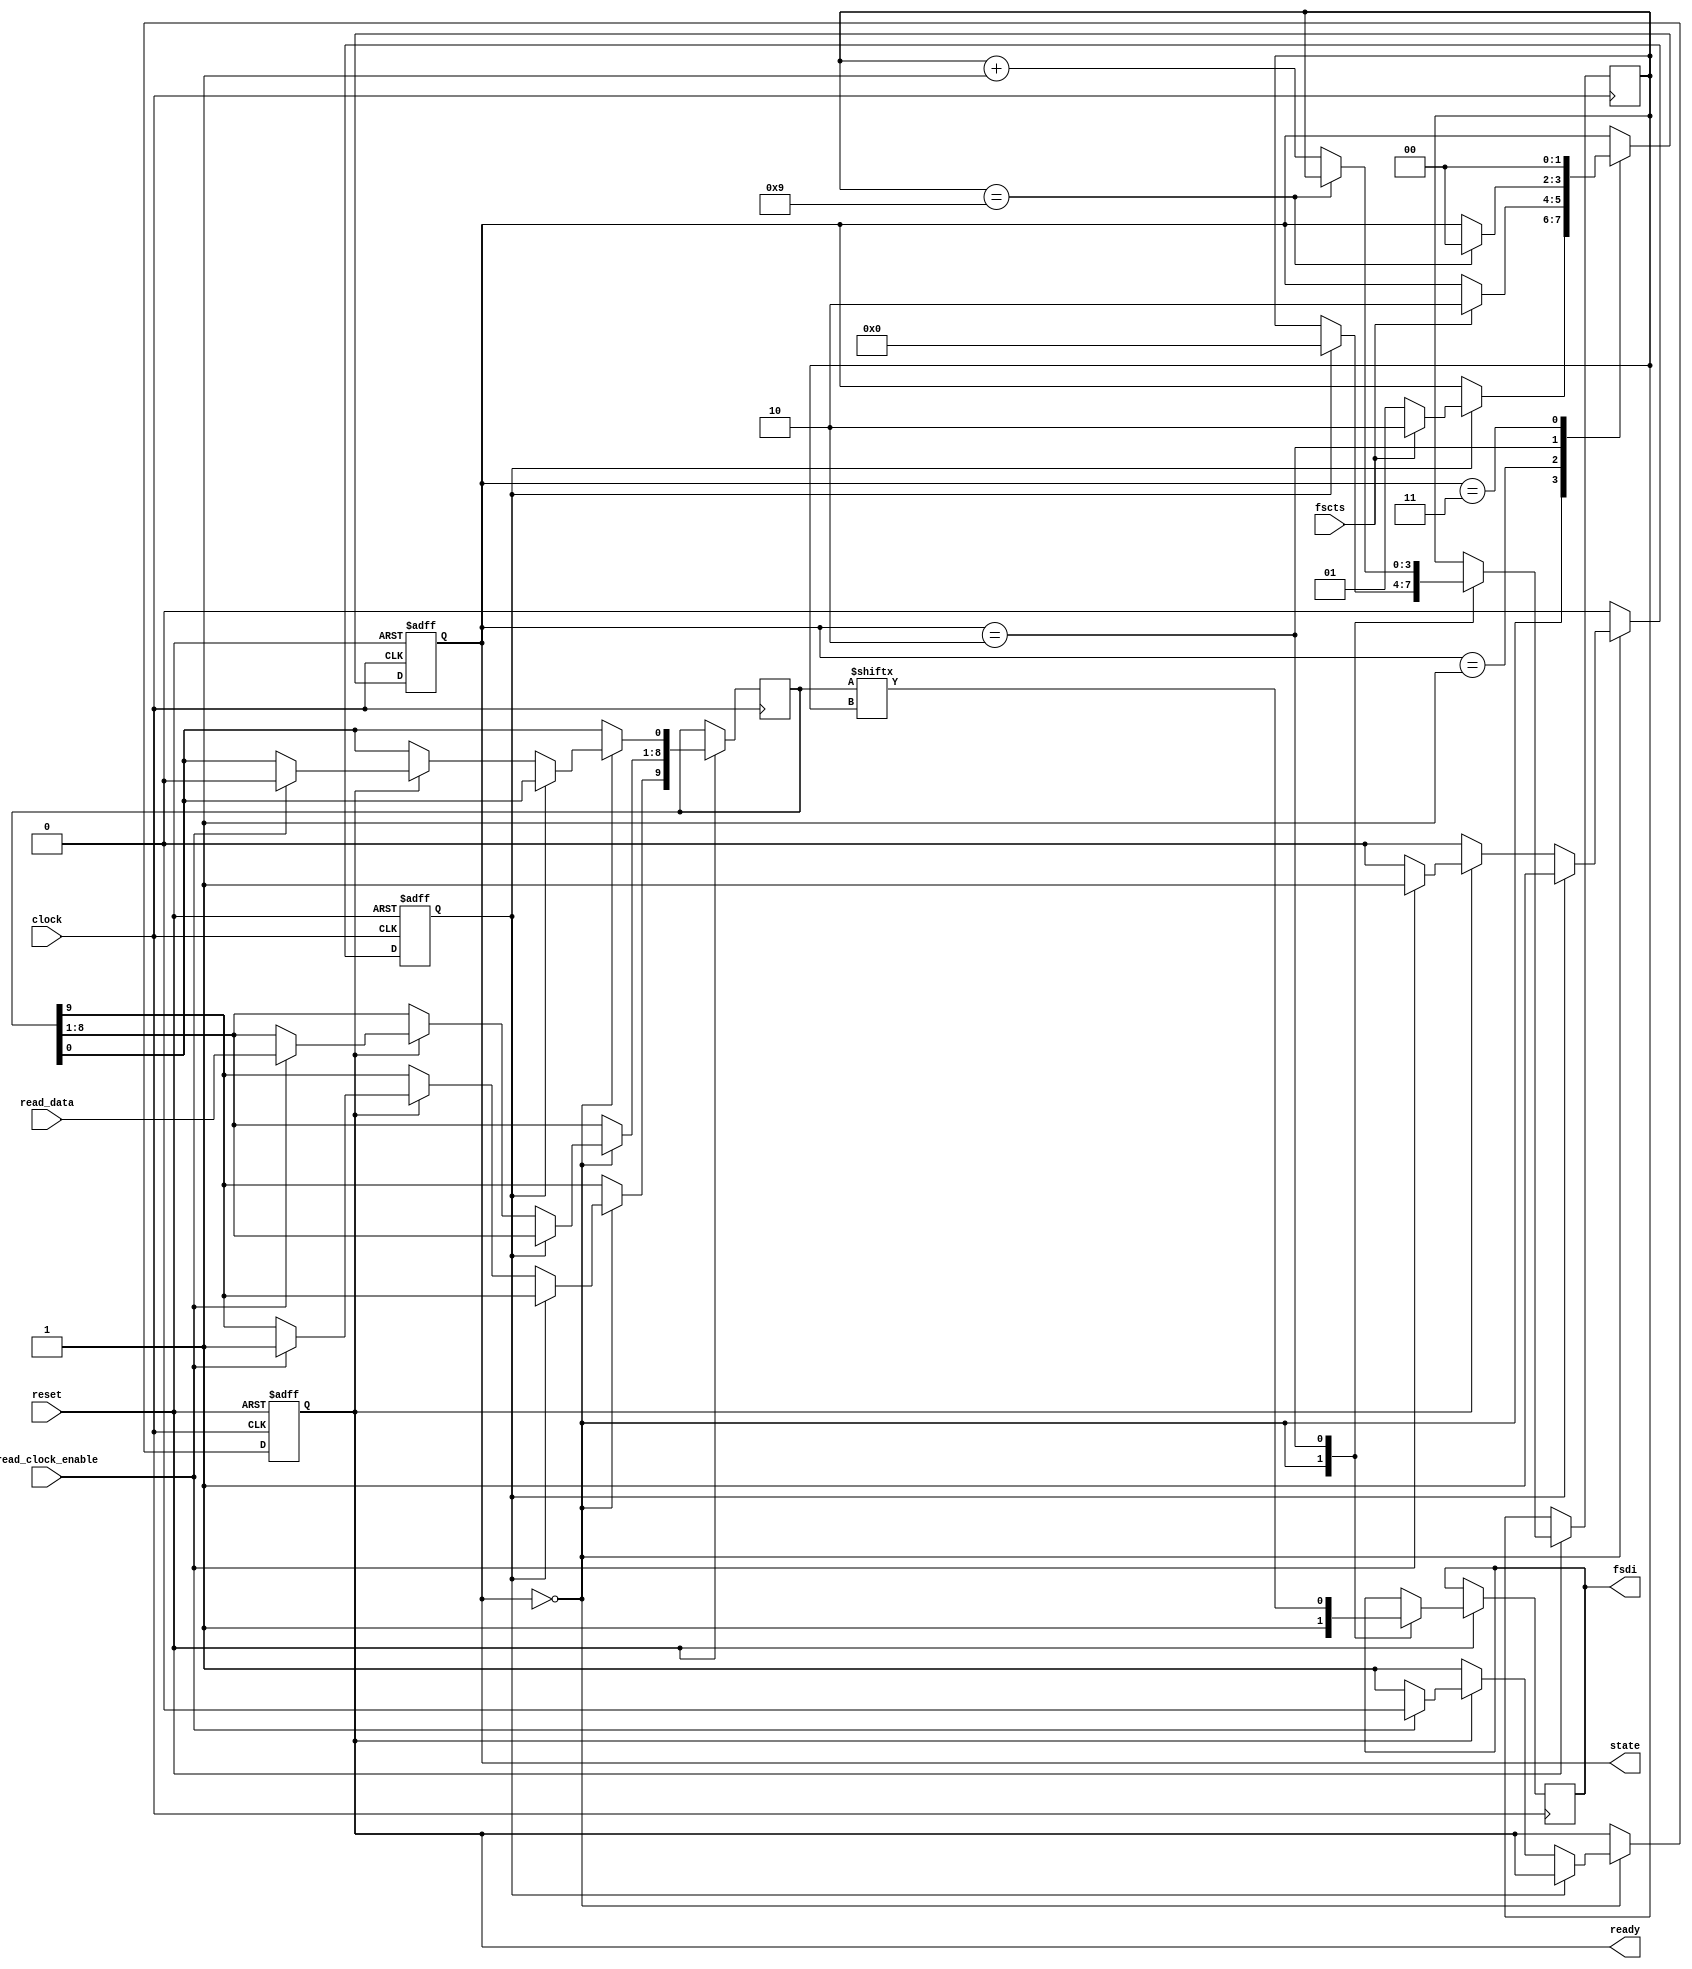
/**
 * Implement the FTDI Fast Opto Mode
 */

module ftdi
	(
	input clock,
	input [7:0] read_data,
	input read_clock_enable,
	input reset, /* active low */
	input fscts, /* fast serial clear to send */
	output reg ready, /* ready to read new data */
	output reg [1:0] state, /* ready to read new data */
	output reg fsdi);

	reg [9:0] data;

	reg new_data;
	//reg [1:0] state;
	reg [3:0] bit_pos; /* which is the next bit we transmit */

	localparam IDLE = 2'h0, WAIT_CTS = 2'h1, DATA = 2'h2;

	always @(negedge clock or negedge reset) begin
		if (~reset) begin
			ready <= 0;
			new_data <= 0;
		end
		else begin
			if (state == IDLE) begin
				if (~new_data)
					if (~ready)
						ready <= 1;
					else if (read_clock_enable) begin
						/* start bit */
						data[0] <= 0;
						data[8:1] <= read_data;
						/* channel bit */
						data[9] <= 1;
						new_data <= 1;
						ready <= 0;
					end
			end
			else
				new_data <= 0;
		end
	end

	always @(negedge clock or negedge reset) begin
		if (~reset) begin
			state <= IDLE;
		end
		else begin
			case (state)
				IDLE: begin
					fsdi <= 1;
					if (new_data) begin
						bit_pos <= 0;
						if (fscts)
							state <= DATA;
						else
							state <= WAIT_CTS;
					end
				end
				WAIT_CTS: begin
					if (fscts)
						state <= DATA;
				end
				DATA: begin
					fsdi <= data[bit_pos];
					if (bit_pos == 9)
						state <= IDLE;
					else
						bit_pos <= bit_pos + 1;
				end
				// dummy to handle
				2'h3: begin
					state <= IDLE;
				end
			endcase
		end
	end
endmodule